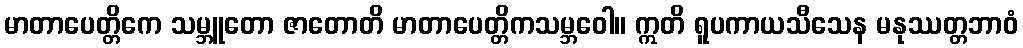
မာတာပေတ္တိကေ သမ္ဘူတော ဇာတောတိ မာတာပေတ္တိကသမ္ဘဝေါ။ ဣတိ ရူပကာယသီသေန မနုဿတ္တဘာဝံ